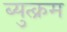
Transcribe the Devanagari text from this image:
ब्युत्क्रम